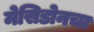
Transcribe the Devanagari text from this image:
मेसिडोनचा